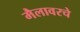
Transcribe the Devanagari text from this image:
मैलावरचे